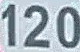
120